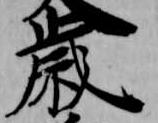
歳